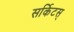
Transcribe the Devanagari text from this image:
सर्किटस्